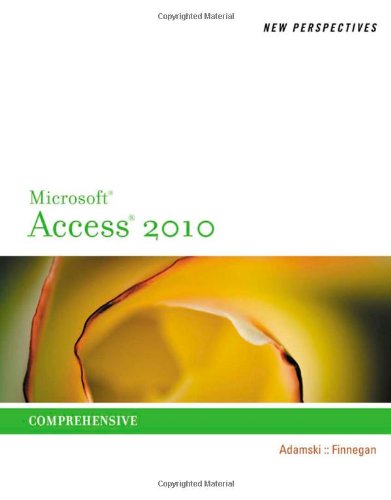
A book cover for New Perspectives on Microsoft Access 2010, Comprehensive (New Perspectives Series: Individual Office Applications); Joseph J. Adamski; Computers & Technology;